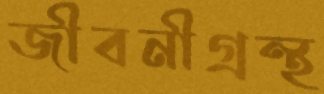
জীবনীগ্রন্থ